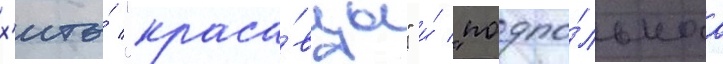
х'иты́ "краса́вцы" и́ "подпо́льнаа